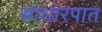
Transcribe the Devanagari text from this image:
साधारपात